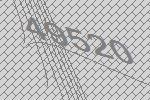
49520